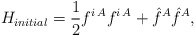
\begin{align*}H_{initial}=\frac{1}{2} f^{i\,A} f^{i\, A}+ \hat{f}^A\hat{f}^A,\end{align*}